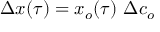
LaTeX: \Delta x ( \tau ) = x _ { o } ( \tau ) \ \Delta c _ { o }